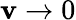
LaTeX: \mathbf{v}\to0